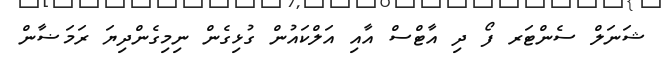
ޝަނަލް ސެންޓަރ ފޯ ދި އާޓްސް އާއި އަލްކައުން ގުޅިގެން ނިމިގެންދިޔަ ރަމަޟާން